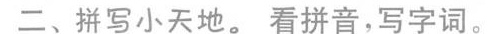
二、拼写小天地。看拼音，写字词。